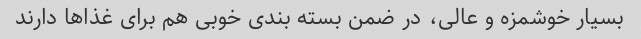
بسیار خوشمزه و عالی، در ضمن بسته بندی خوبی هم برای غذا‌ها دارند